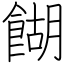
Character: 餬